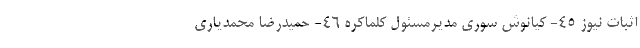
اثبات نیوز 45- کیانوش سوری مدیرمسئول کلماکره 46- حمیدرضا محمدیاری